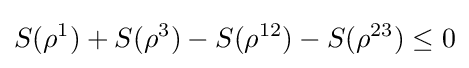
S(\rho ^{1})+S(\rho ^{3})-S(\rho ^{12})-S(\rho ^{23})\leq 0